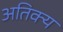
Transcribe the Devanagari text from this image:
अतिक्य